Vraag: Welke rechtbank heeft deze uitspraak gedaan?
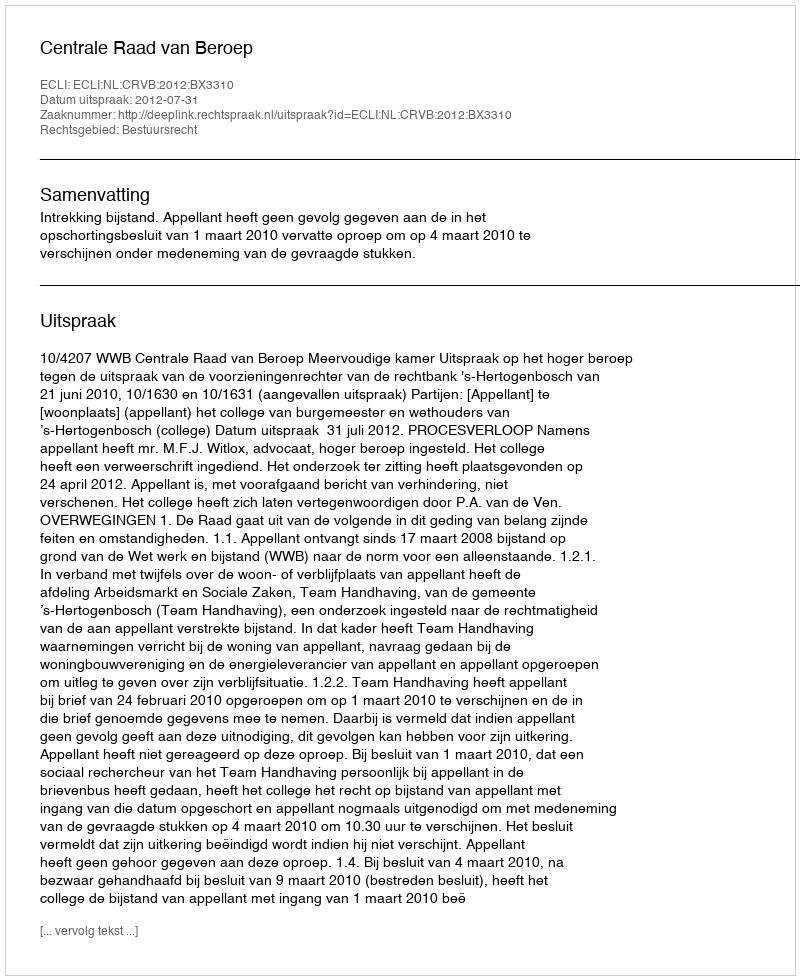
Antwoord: Centrale Raad van Beroep